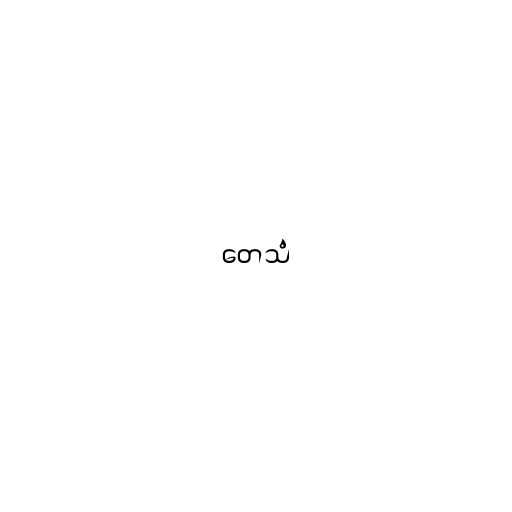
တေသံ